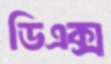
ডিএক্স